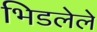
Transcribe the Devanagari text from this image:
भिडलेले